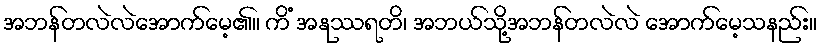
အဘန်တလဲလဲအောက်မေ့၏။ ကိံ အနုဿရတိ၊ အဘယ်သို့အဘန်တလဲလဲ အောက်မေ့သနည်း။